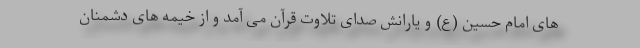
های امام حسین (ع) و یارانش صدای تلاوت قرآن می آمد و از خیمه های دشمنان